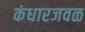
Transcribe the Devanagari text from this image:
कंधारजवळ